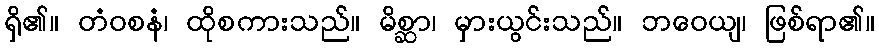
ရှိ၏။ တံဝစနံ၊ ထိုစကားသည်။ မိစ္ဆာ၊ မှားယွင်းသည်။ ဘဝေယျ၊ ဖြစ်ရာ၏။